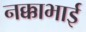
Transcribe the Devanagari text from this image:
नक्काभाई